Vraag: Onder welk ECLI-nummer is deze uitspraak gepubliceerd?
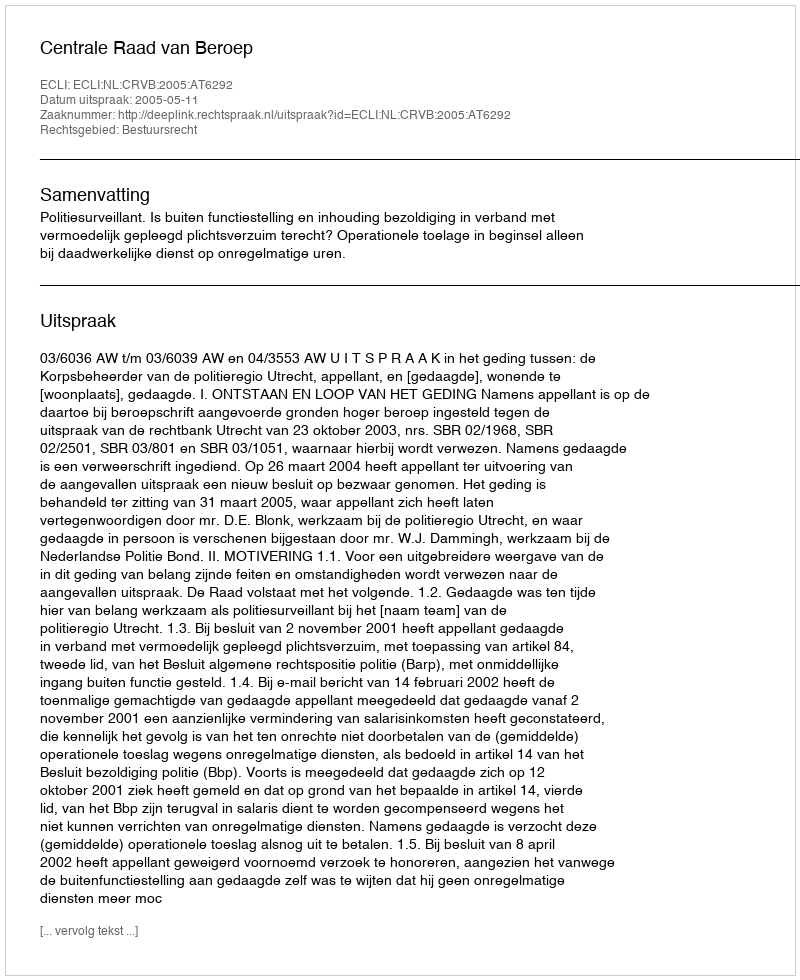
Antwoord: ECLI:NL:CRVB:2005:AT6292